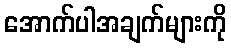
အောက်ပါအချက်များကို